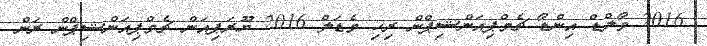
2016 ވޯލްޑް އިންޑޯ ޗެމްޕިއަންޝިޕްން ރިހި މެޑަލް 2016 ޔޫރަޕިއަން ޗެމްޕިއަންޝިޕްން ރަން